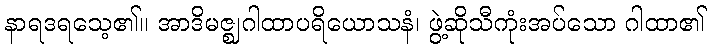
နာရဒရသေ့၏။ အာဒိမဇ္ဈဂါထာပရိယောသနံ၊ ဖွဲ့ဆိုသီကုံးအပ်သော ဂါထာ၏